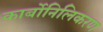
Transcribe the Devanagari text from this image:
कार्बोनिलिकरण